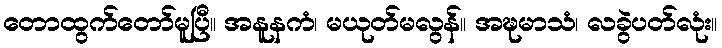
တောထွက်တော်မူပြီ။ အနူနကံ၊ မယုတ်မလွန်။ အဍ္ဎမာသံ၊ လခွဲပတ်လုံး။